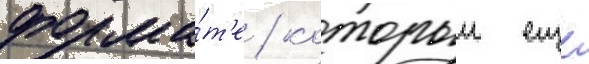
форма́т'е / которыи еще